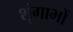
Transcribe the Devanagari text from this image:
शृंगाभों